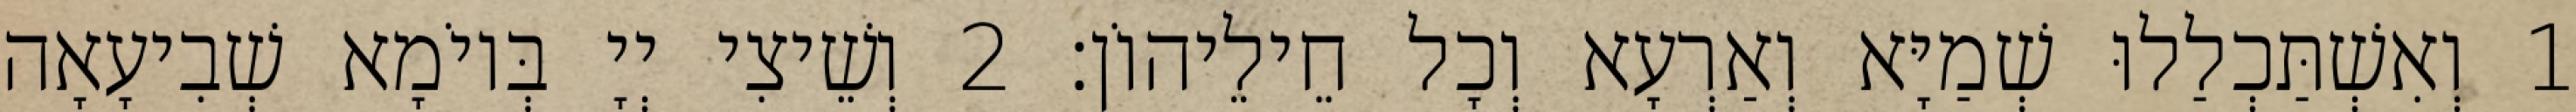
1 וְאִשְׁתַּכְלַלוּ שְׁמַיָּא וְאַרְעָא וְכָל חֵילֵיהוֹן׃ 2 וְשֵׁיצִי יְיָ בְּיוֹמָא שְׁבִיעָאָה